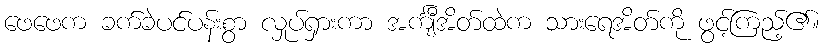
ဖေဖေက ခက်ခဲပင်ပန်းစွာ လှုပ်ရှားကာ အင်္ကျီအိတ်ထဲက သားရေအိတ်ကို ဖွင့်ကြည့်၏။